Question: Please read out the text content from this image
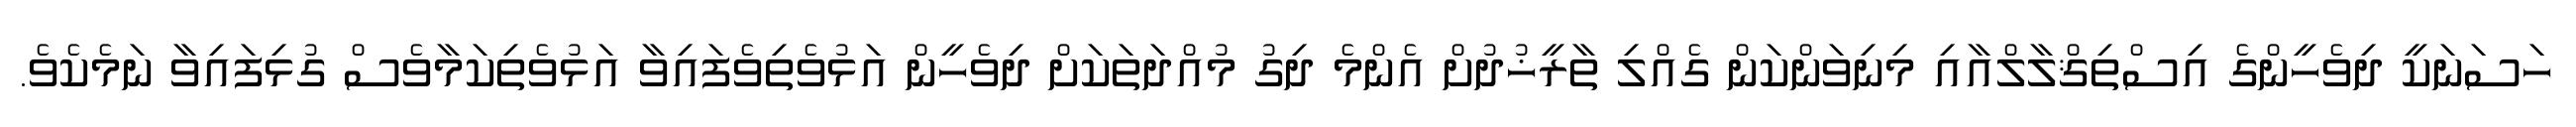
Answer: ހަސަނަކީ ދިވެހީންގެ އިސްތިޤްލާލްއާއި މިނިވަންކަން ގެއްލި ތާރީޚުދުށް އެންމެ ދިގު މުއްދަތަކަށް ދިވެހީން އަޅުވެތިވެފައިވާ އަޅުވެތިކަމާވެސް ގުޅިފައިވާ ނަމެކެވެ.